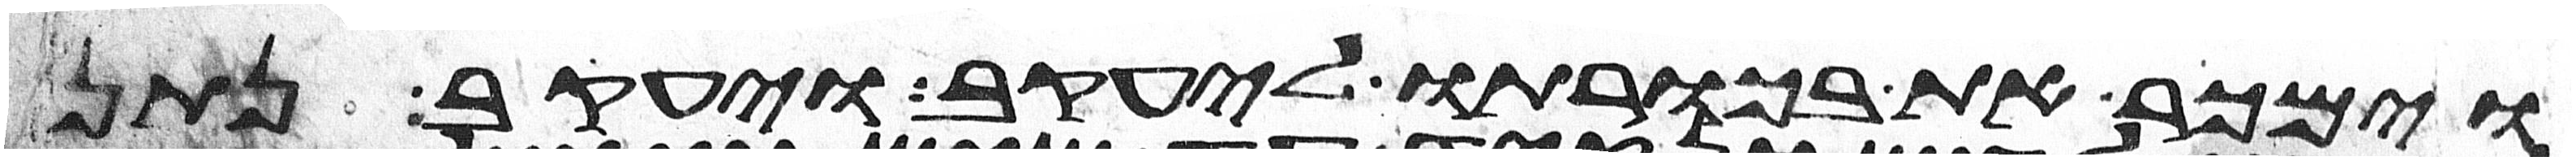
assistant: וימכר את בכורתו ליעקב ויעקב נתן